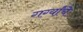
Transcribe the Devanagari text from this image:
गर्ग्यांचे